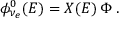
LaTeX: \phi _ { \nu _ { e } } ^ { 0 } ( E ) = X ( E ) \, \Phi \; .